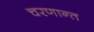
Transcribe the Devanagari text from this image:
चरणान्त